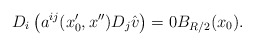
\begin{align*}D_i \left(a^{ij}(x_0',x'')D_{j}\hat v \right)=0B_{R/2}(x_0).\end{align*}